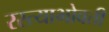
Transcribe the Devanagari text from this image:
रस्त्याभोवती